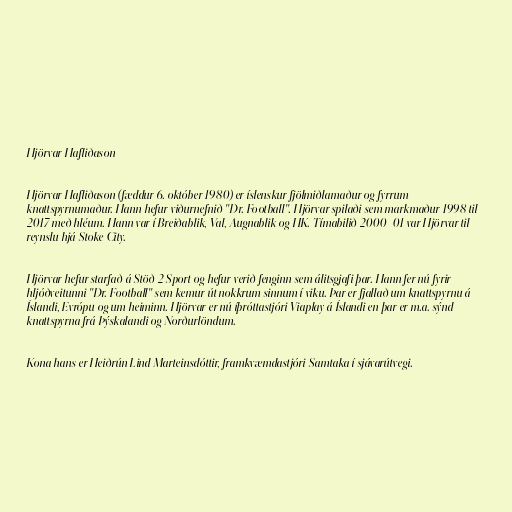
Hjörvar Hafliðason

Hjörvar Hafliðason (fæddur 6. október 1980) er íslenskur fjölmiðlamaður og fyrrum
knattspyrnumaður. Hann hefur viðurnefnið "Dr. Football". Hjörvar spilaði sem markmaður 1998 til
2017 með hléum. Hann var í Breiðablik, Val, Augnablik og HK. Tímabilið 2000–01 var Hjörvar til
reynslu hjá Stoke City.

Hjörvar hefur starfað á Stöð 2 Sport og hefur verið fenginn sem álitsgjafi þar. Hann fer nú fyrir
hljóðveitunni "Dr. Football" sem kemur út nokkrum sinnum í viku. Þar er fjallað um knattspyrnu á
Íslandi, Evrópu og um heiminn. Hjörvar er nú íþróttastjóri Viaplay á Íslandi en þar er m.a. sýnd
knattspyrna frá Þýskalandi og Norðurlöndum.

Kona hans er Heiðrún Lind Marteinsdóttir, framkvæmdastjóri Samtaka í sjávarútvegi.